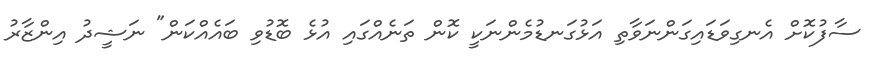
ސާފުކޮށް އެނގިވަޑައިގަންނަވާތި އަޅުގަނޑުމެންނަކީ ކޮން ތަނެއްގައި އުޅެ ބޮޑުވި ބައެއްކަން" ނަޝީދު އިންޒާރު